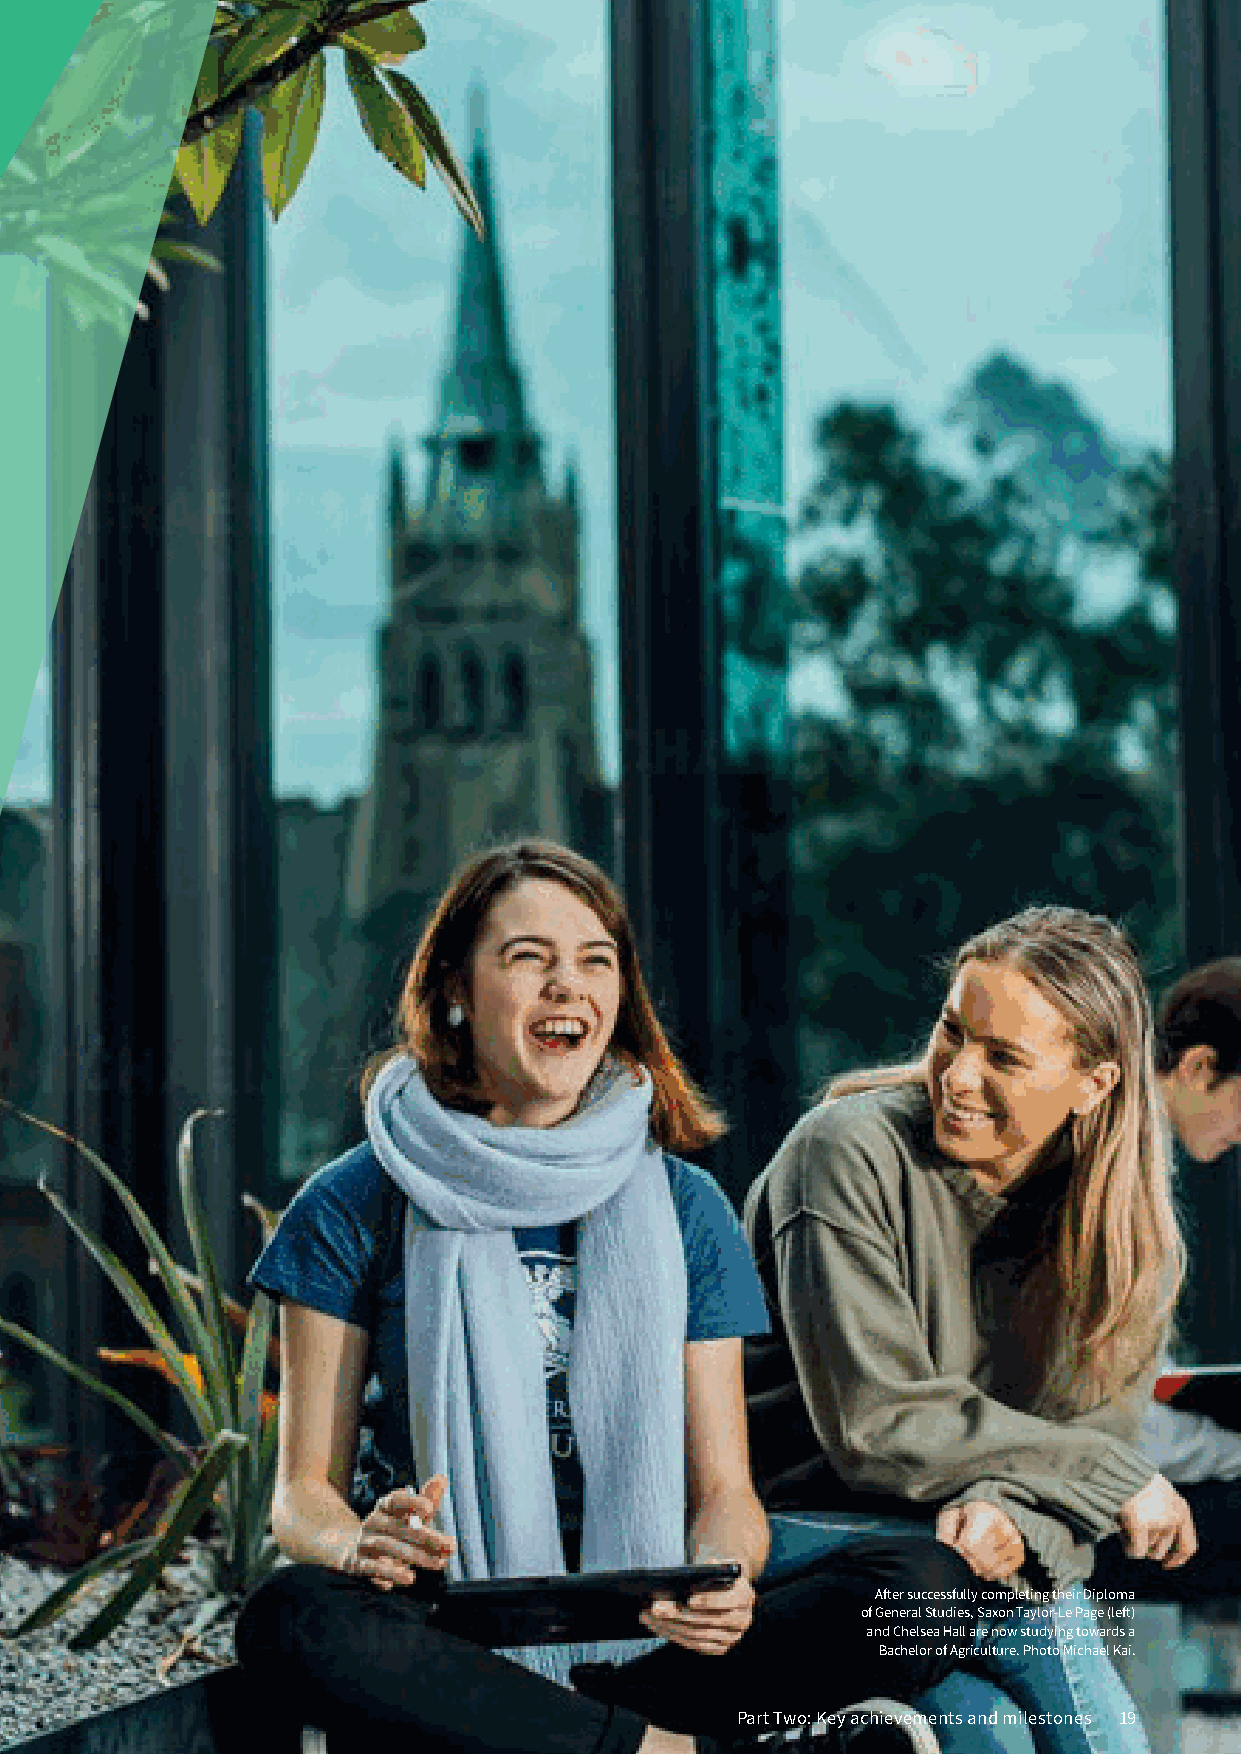
After successfully completing their Diploma
 of General Studies, Saxon Taylor-Le Page (left)
 and Chelsea Hall are now studying towards a
 Bachelor of Agriculture. Photo Michael Kai.
 Part Two: Key achievements and milestones 19